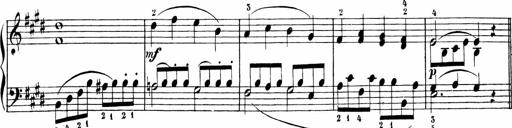
Title: 6 Liedersonatinen
Composer: Carl Reinecke